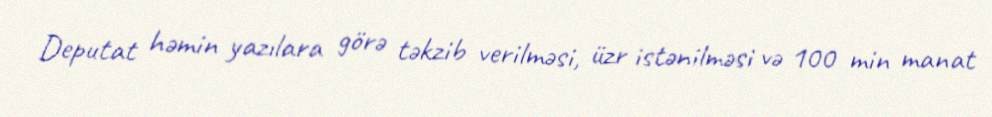
Deputat həmin yazılara görə təkzib verilməsi, üzr istənilməsi və 100 min manat